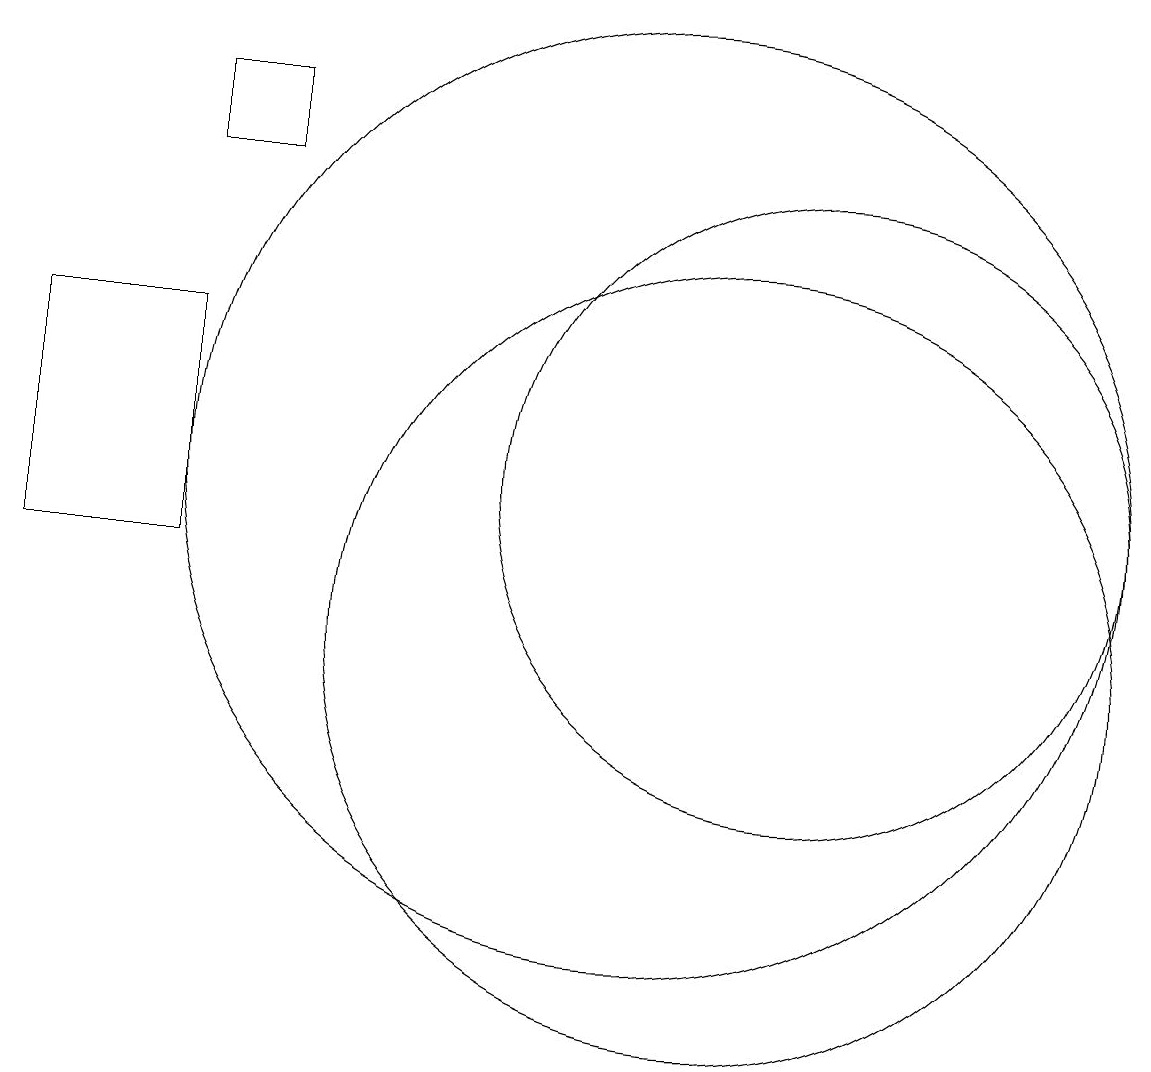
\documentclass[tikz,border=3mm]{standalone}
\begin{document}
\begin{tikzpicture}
\draw (10,12) circle (6);
\draw (11,10) circle (5);
\draw (4,16) rectangle (5,17);
\draw (4,11) rectangle (2,14);
\draw (12,12) circle (4);
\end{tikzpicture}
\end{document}